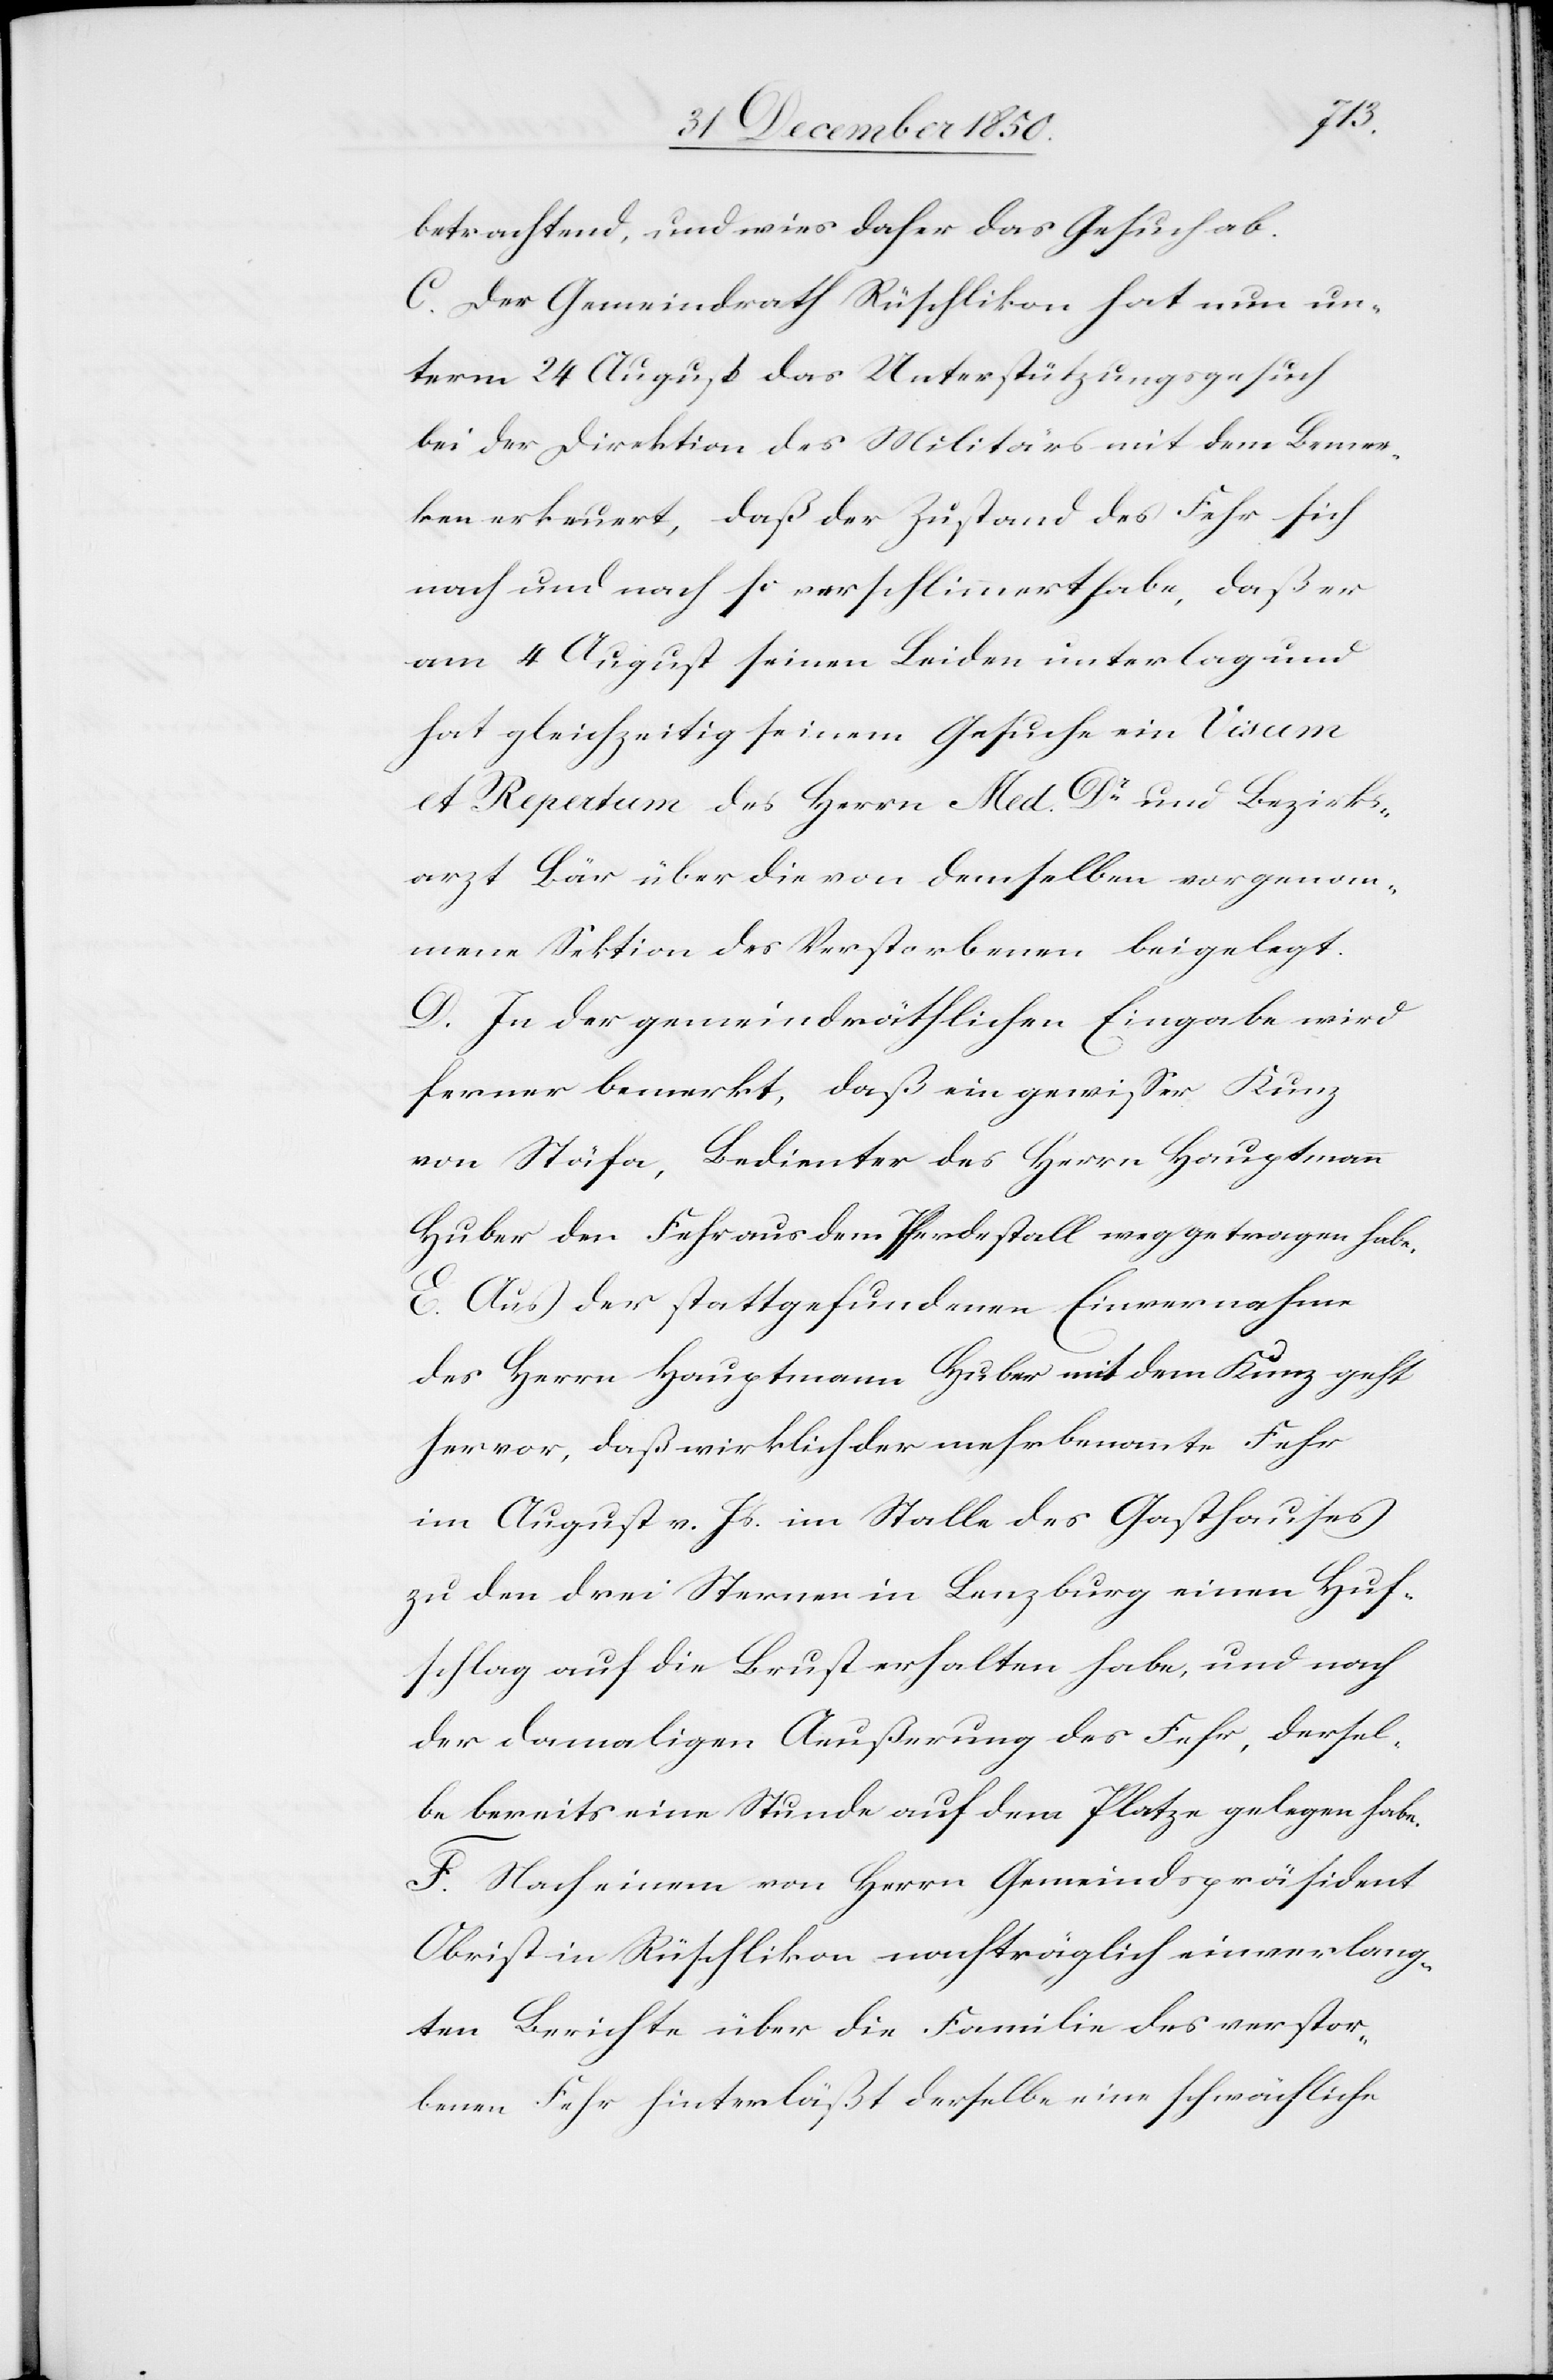
[re¬
betrachten], und wies daher das Gesuch ab.
C. Der Gemeindrath Rüschlikon hat nun un¬
term 24 August das Unterstützungsgesuch
bei der Direktion des Militärs mit dem Bemer¬
cte: erneuert], daß der Zustand des Fehr sich
nach und nach so verschlimmert habe, daß er
am 4 August seinen Leiden unterlag und
hat gleichzeitig seinem Gesuche ein Visum
et Repertum des Herrn Med. Dr und Bezirks¬
arzt Bär über die von demselben vorgenom¬
mene Sektion des Verstorbenen beigelegt.
D. In der gemeindräthlichen Eingabe wird
ferner bemerkt, daß ein gewisser Kunz
von Stäfa, Bedienter des Herrn Hauptmann
Huber den Fehr aus dem Pferdestall weggetragen habe.
E. Aus der stattgefundenen Einvernahme
des Herrn Hauptmann Huber mit dem Kunz geht
hervor, daß wirklich der mehrbenannte Fehr
im August v. Js. im Stalle des Gasthauses
zu den drei Sternen in Lenzburg einen Huf¬
schlag auf die Brust erhalten habe, und nach
der damaligen Aeußerung des Fehr, dersel¬
be bereits eine Stunde auf dem Platze gelegen habe.
F. Nach einem von Herrn Gemeindspräsident
Obrist in Rüschlikon nachträglich einverlang¬
ten Berichte über die Familie des verstor¬
benen Fehr hinterläßt derselbe eine schwächliche